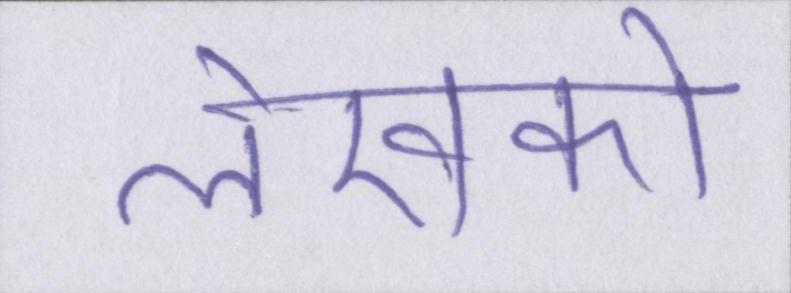
लेखकों